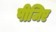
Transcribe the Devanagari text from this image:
पीजिए